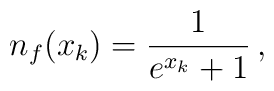
n_f (x_k) = {1 \over { e^{x_k} + 1} }\,,